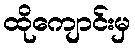
ထိုကျောင်းမှ